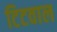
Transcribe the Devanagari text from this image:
टिटवाल